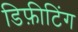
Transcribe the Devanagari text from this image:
डिफ़ीटिंग